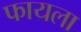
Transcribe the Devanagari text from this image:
फायला